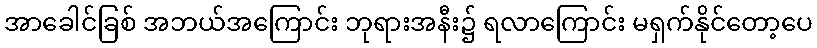
အာခေါင်ခြစ် အဘယ်အကြောင်း ဘုရားအနီး၌ ရလာကြောင်း မရှက်နိုင်တော့ပေ